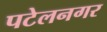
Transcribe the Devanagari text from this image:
पटेलनगर